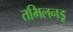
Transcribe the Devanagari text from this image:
तमिलनडू